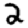
Digit: 2